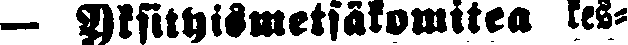
— Yksityismetsäkomitea kes-